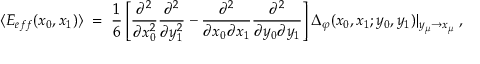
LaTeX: \langle E _ { e f f } ( x _ { 0 } , x _ { 1 } ) \rangle \; = \; \frac { 1 } { 6 } \left[ \frac { \partial ^ { 2 } } { \partial x _ { 0 } ^ { 2 } } \frac { \partial ^ { 2 } } { \partial y _ { 1 } ^ { 2 } } - \frac { \partial ^ { 2 } } { \partial x _ { 0 } \partial x _ { 1 } } \frac { \partial ^ { 2 } } { \partial y _ { 0 } \partial y _ { 1 } } \right] \Delta _ { \varphi } ( x _ { 0 } , x _ { 1 } ; y _ { 0 } , y _ { 1 } ) | _ { y _ { \mu } \to x _ { \mu } } \; ,